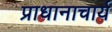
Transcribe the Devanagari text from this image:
प्राधानाचार्य